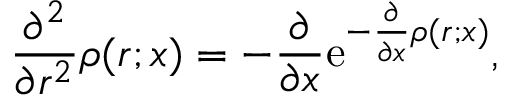
\frac { \partial ^ { 2 } } { \partial r ^ { 2 } } \rho ( r ; x ) = - \frac { \partial } { \partial x } \mathrm { e } ^ { - \frac { \partial } { \partial x } \rho ( r ; x ) } ,